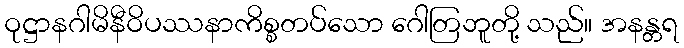
ဝုဋ္ဌာနဂါမိနီဝိပဿနာကိစ္စတပ်သော ဂေါတြဘူတို့ သည်။ အနန္တရ